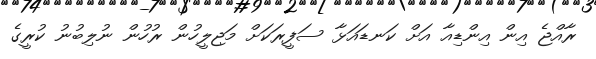
ރާއްޖެ އިން އިންޑިއާ އަށް ކަނޑައަޅާ ސަފީރަކަށް މަޖިލީހުން ރުހުން ނުލިބުނު ކުރީގެ